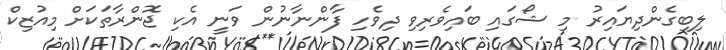
ލިބިގެންދިޔައިރު މި ޝޯގައި ބައިވެރިވި ދިވެހި ފާންނާނުން ވަނީ އެކި ޖޮންރާތަކަށް މިއުޒިކް